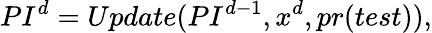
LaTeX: PI_{}^{d}=Update(PI_{}^{d-1},x_{}^{d},pr(test)),